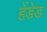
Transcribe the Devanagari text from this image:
हेंडेड